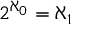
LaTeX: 2 ^ { \aleph _ { 0 } } = \aleph _ { 1 }